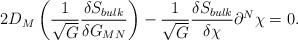
LaTeX: \begin{align*}2 D_M \left( \frac{1}{\sqrt{G}} \frac{\delta S_{bulk}}{\delta G_{MN}} \right) - \frac{1}{\sqrt{G}} \frac{\delta S_{bulk}}{\delta \chi} \partial^N \chi = 0.\end{align*}